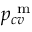
p _ { c v } ^ { \mathrm { ~ m ~ } }